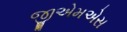
જીએમએસ